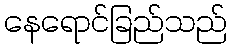
နေရောင်ခြည်သည်